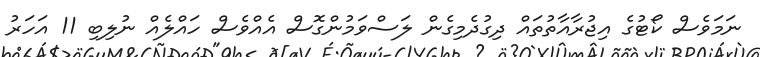
ނަމަވެސް ކޯޓުގެ އިޖުރާއާތުތައް ދިގުދެމިގެން ލަސްވަމުންގޮސް އެއްވެސް ހައްލެއް ނުލިބި 11 އަހަރު